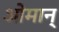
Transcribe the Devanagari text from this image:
ओमान्